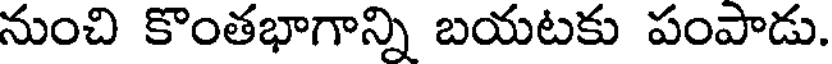
నుంచి కొంతభాగాన్ని బయటకు పంపాడు.